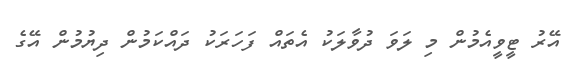
އޭރު ޓީވީއެމުން މި ލަވަ ދުވާލަކު އެތައް ފަހަރަކު ދައްކަމުން ދިޔުމުން އޭގެ